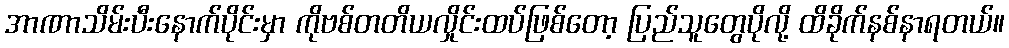
အာဏာသိမ်းပီးနောက်ပိုင်းမှာ ကိုဗစ်တတိယလှိုင်းထပ်ဖြစ်တော့ ပြည်သူတွေပိုလို့ ထိခိုက်နစ်နာရတယ်။